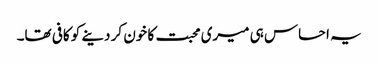
یہ احساس ہی میری محبت کا خون کر دینے کو کافی تھا۔